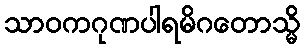
သာဝကဂုဏပါရမိဂတောသ္မိ